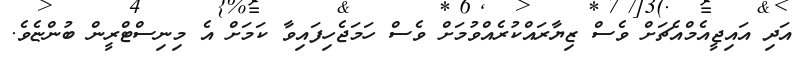
އަދި އައިޖީއެމްއެޗަށް ވެސް ޒިޔާރައްކުރެއްވުމަށް ވެސް ހަމަޖެހިފައިވާ ކަމަށް އެ މިނިސްޓްރީން ބުންޏެވެ.